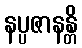
နပ္ပဇာနန္တိ